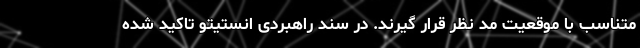
متناسب با موقعیت مد نظر قرار گیرند. در سند راهبردی انستیتو تاکید شده